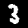
Label: 3